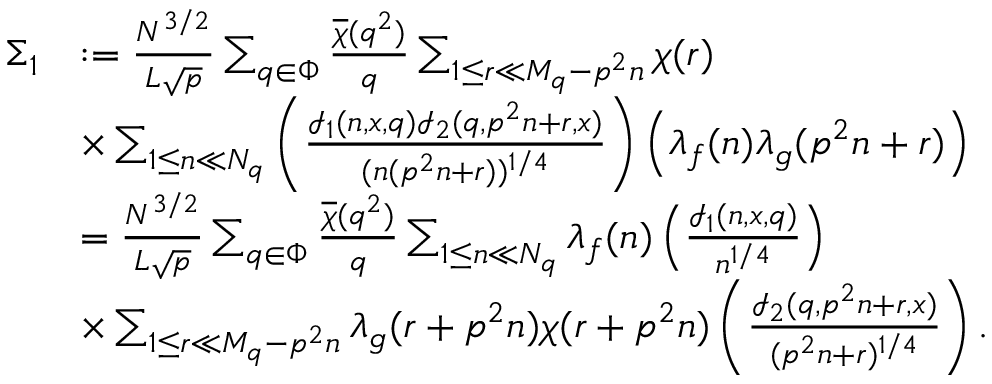
\begin{array} { r l } { \Sigma _ { 1 } } & { : = \frac { N ^ { 3 / 2 } } { L \sqrt { p } } \sum _ { q \in \Phi } \frac { \overline { { \chi } } ( q ^ { 2 } ) } { q } \sum _ { 1 \leq r \ll M _ { q } - p ^ { 2 } n } \chi ( r ) } \\ & { \times \sum _ { 1 \leq n \ll N _ { q } } \left( \frac { \mathcal { I } _ { 1 } ( n , x , q ) \mathcal { I } _ { 2 } ( q , p ^ { 2 } n + r , x ) } { ( n ( p ^ { 2 } n + r ) ) ^ { 1 / 4 } } \right) \left( \lambda _ { f } ( n ) \lambda _ { g } ( p ^ { 2 } n + r ) \right) } \\ & { = \frac { N ^ { 3 / 2 } } { L \sqrt { p } } \sum _ { q \in \Phi } \frac { \overline { { \chi } } ( q ^ { 2 } ) } { q } \sum _ { 1 \leq n \ll N _ { q } } \lambda _ { f } ( n ) \left( \frac { \mathcal { I } _ { 1 } ( n , x , q ) } { n ^ { 1 / 4 } } \right) } \\ & { \times \sum _ { 1 \leq r \ll M _ { q } - p ^ { 2 } n } \lambda _ { g } ( r + p ^ { 2 } n ) \chi ( r + p ^ { 2 } n ) \left( \frac { \mathcal { I } _ { 2 } ( q , p ^ { 2 } n + r , x ) } { ( p ^ { 2 } n + r ) ^ { 1 / 4 } } \right) . } \end{array}